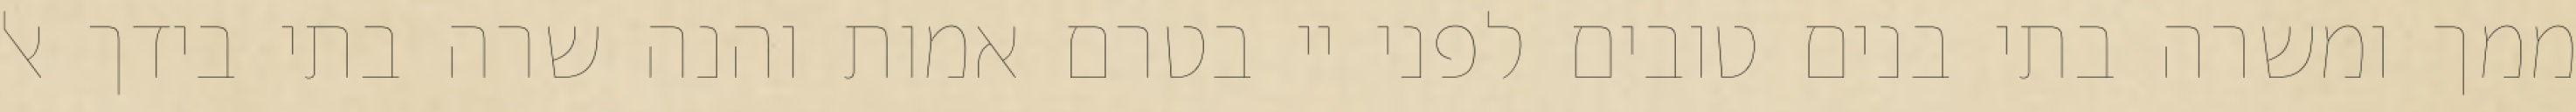
ממך ומשרה בתי בנים טובים לפני יי בטרם אמות והנה שרה בתי בידך אל